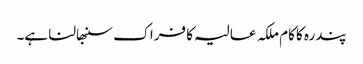
پندرہ کا کام ملکہ عالیہ کا فراک سنبھالنا ہے۔